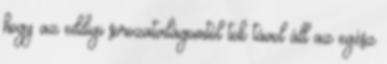
hogy az eddigi sorozatvilágomtól tök távol áll az egész